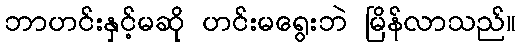
ဘာဟင်းနှင့်မဆို ဟင်းမရွေးဘဲ မြိန်လာသည်။